Dysentery and liver abscess in Bombay - Number 47
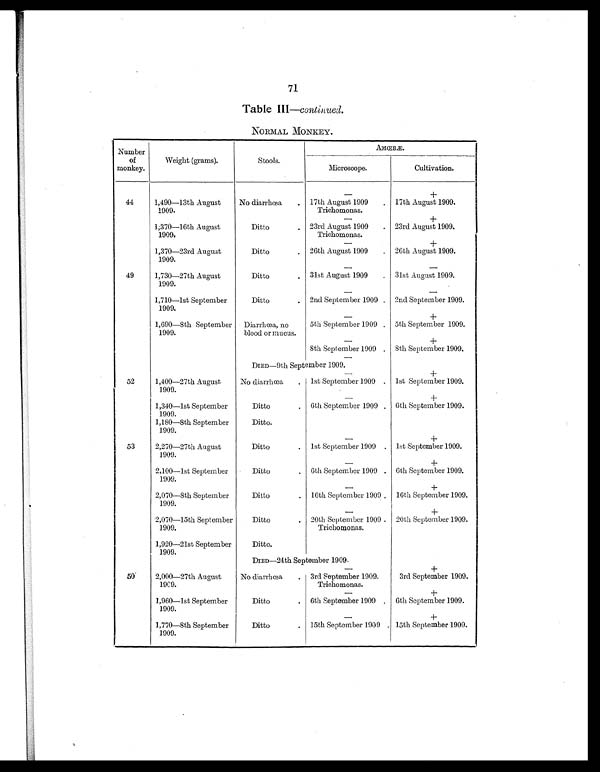
71
Table III—continued.
NORMAL MONKEY.
Number
of
monkey.
Weight (grams).
Stools.
AMŒBÆ.
Microscope.
Cultivation.
—
+
44
1,490—13th August
1909.
No diarrhœa
. 17th August 1909
Trichomonas.
. 17th August 1909.
—
+
1,370—16th August
1909.
Ditto
. 23rd August 1909
Trichomonas.
. 23rd August 1909.
—
+
1,370—23rd August
1909.
Ditto
. 26th August 1909
. 26th August 1909.
—
+
49
1,730—27th August
1909.
Ditto
. 31st August 1909
. 31st August 1909.
—
—
1,710—1st September
1909.
Ditto
. 2nd September 1909 . 2nd September 1909.
—
+
1,690—8th September
1909.
Diarrhœa, no
blood or mucus.
5th September 1909 . 5th September 1909.
—
+
8th September 1909 . 8th September 1909.
—
DIED—9th September 1909.
—
+
52
1,400—27th August
1909.
No diarrhœa
. 1st September 1909 . 1st September 1909.
—
+
1,340—1st September
1909.
Ditto
. 6th September 1909 . 6th September 1909.
1,180—8th September
1909.
Ditto.
—
+
53
2,270—27th August
1909.
Ditto
. 1st September 1909
—
. 1st September 1909.
+
2,100—1st September
1909.
Ditto
. 6th September 1909 . 6th September 1909.
—
+
2,070—8th September
1909.
Ditto
. 16th September 1909 . 16th September 1909.
—
+
2,070—15th September
1909.
Ditto
. 20th September 1909
Trichomonas.
. 20th September 1909.
1,920—21st September
1909.
Ditto.
DIED—24th September 1909.
—
+
50
2,000—27th August
1909.
No diarrhœa
. 3rd September 1909.
Trichomonas.
3rd September 1909.
—
+
1,960—1st September
1909.
Ditto
. 6th September 1909 . 6th September 1909.
—
+
1,770—8th September
1909.
Ditto
. 15th September 1909 . 15th September 1909.